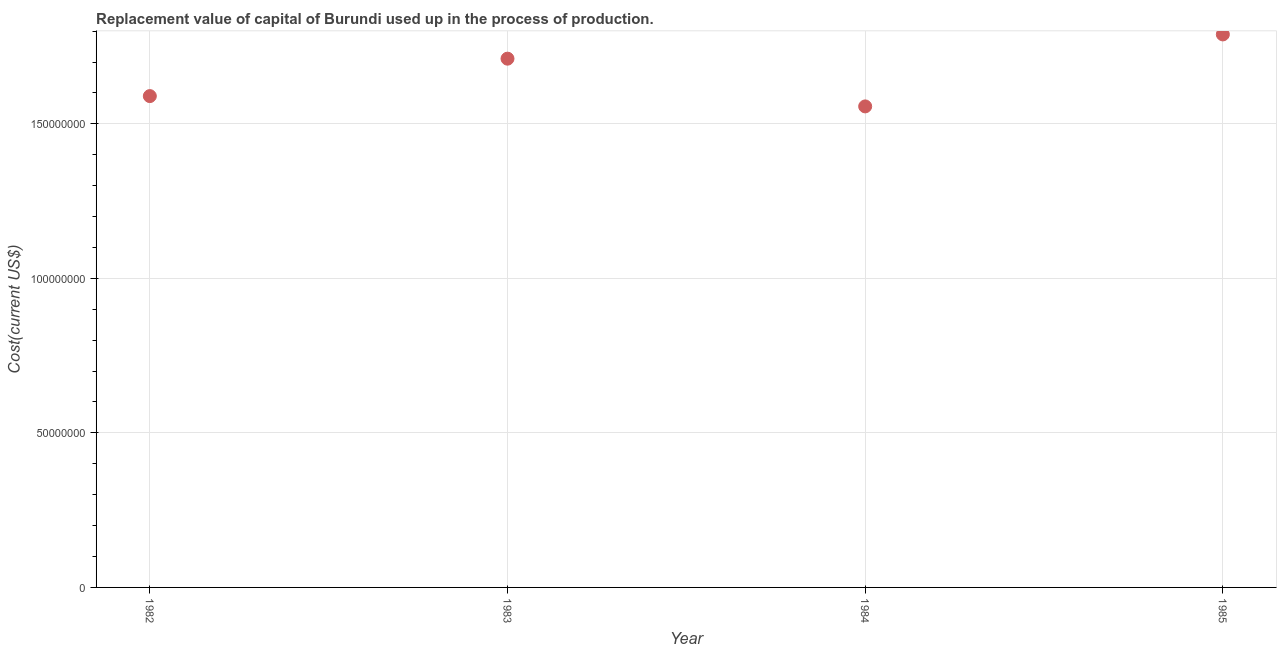
| Year | Consumption of fixed capital |
 | --- | --- |
 | 1982 | 1.59e+08 |
 | 1983 | 1.71e+08 |
 | 1984 | 1.56e+08 |
 | 1985 | 1.79e+08 |